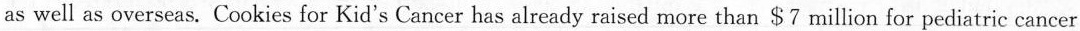
as well as overseas. Cookies for Kid's Cancer has already raised more than $7 million for pediatric cancer